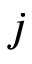
j